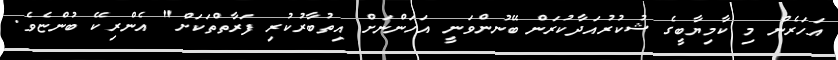
އަހަރެން މި ކާމިޔާބީގެ ޝުކުރުއަދާކުރަން ބޭނުންވަނީ އަހަންނަށް އިތުބާރުކުރި ފަރާތްތަކަށް" އެންރިކޭ ބުންޏެވެ.